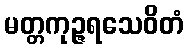
မတ္တကုဉ္ဇရသေဝိတံ